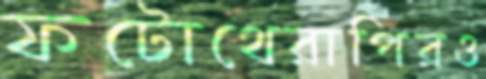
ফটোথেরাপিরও